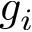
g _ { i }